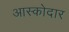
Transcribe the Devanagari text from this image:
आस्कोदार